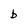
Character: b